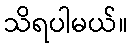
သိရပါမယ်။